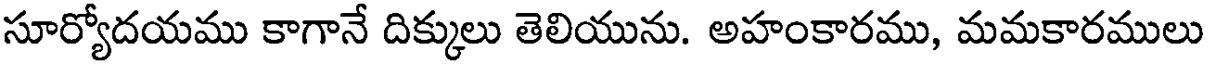
సూర్యోదయము కాగానే దిక్కులు తెలియును. అహంకారము, మమకారములు